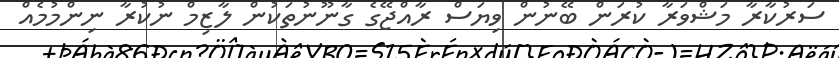
ސަރުކާރާ މަޝްވަރާ ކުރަން ބޭނުން ވިޔަސް ރާއްޖޭގެ ގާނޫނުތަކުން ލާޒިމް ނުކުރާ ނިންމުމެއް